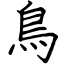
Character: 鳥